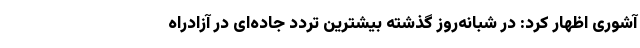
آشوری اظهار کرد: در شبانه‌روز گذشته بیشترین تردد جاده‌ای در آزادراه